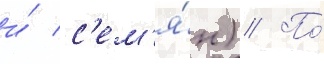
и́ с'ем'я́н) // По́